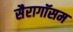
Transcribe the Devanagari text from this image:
सैरागॉसम